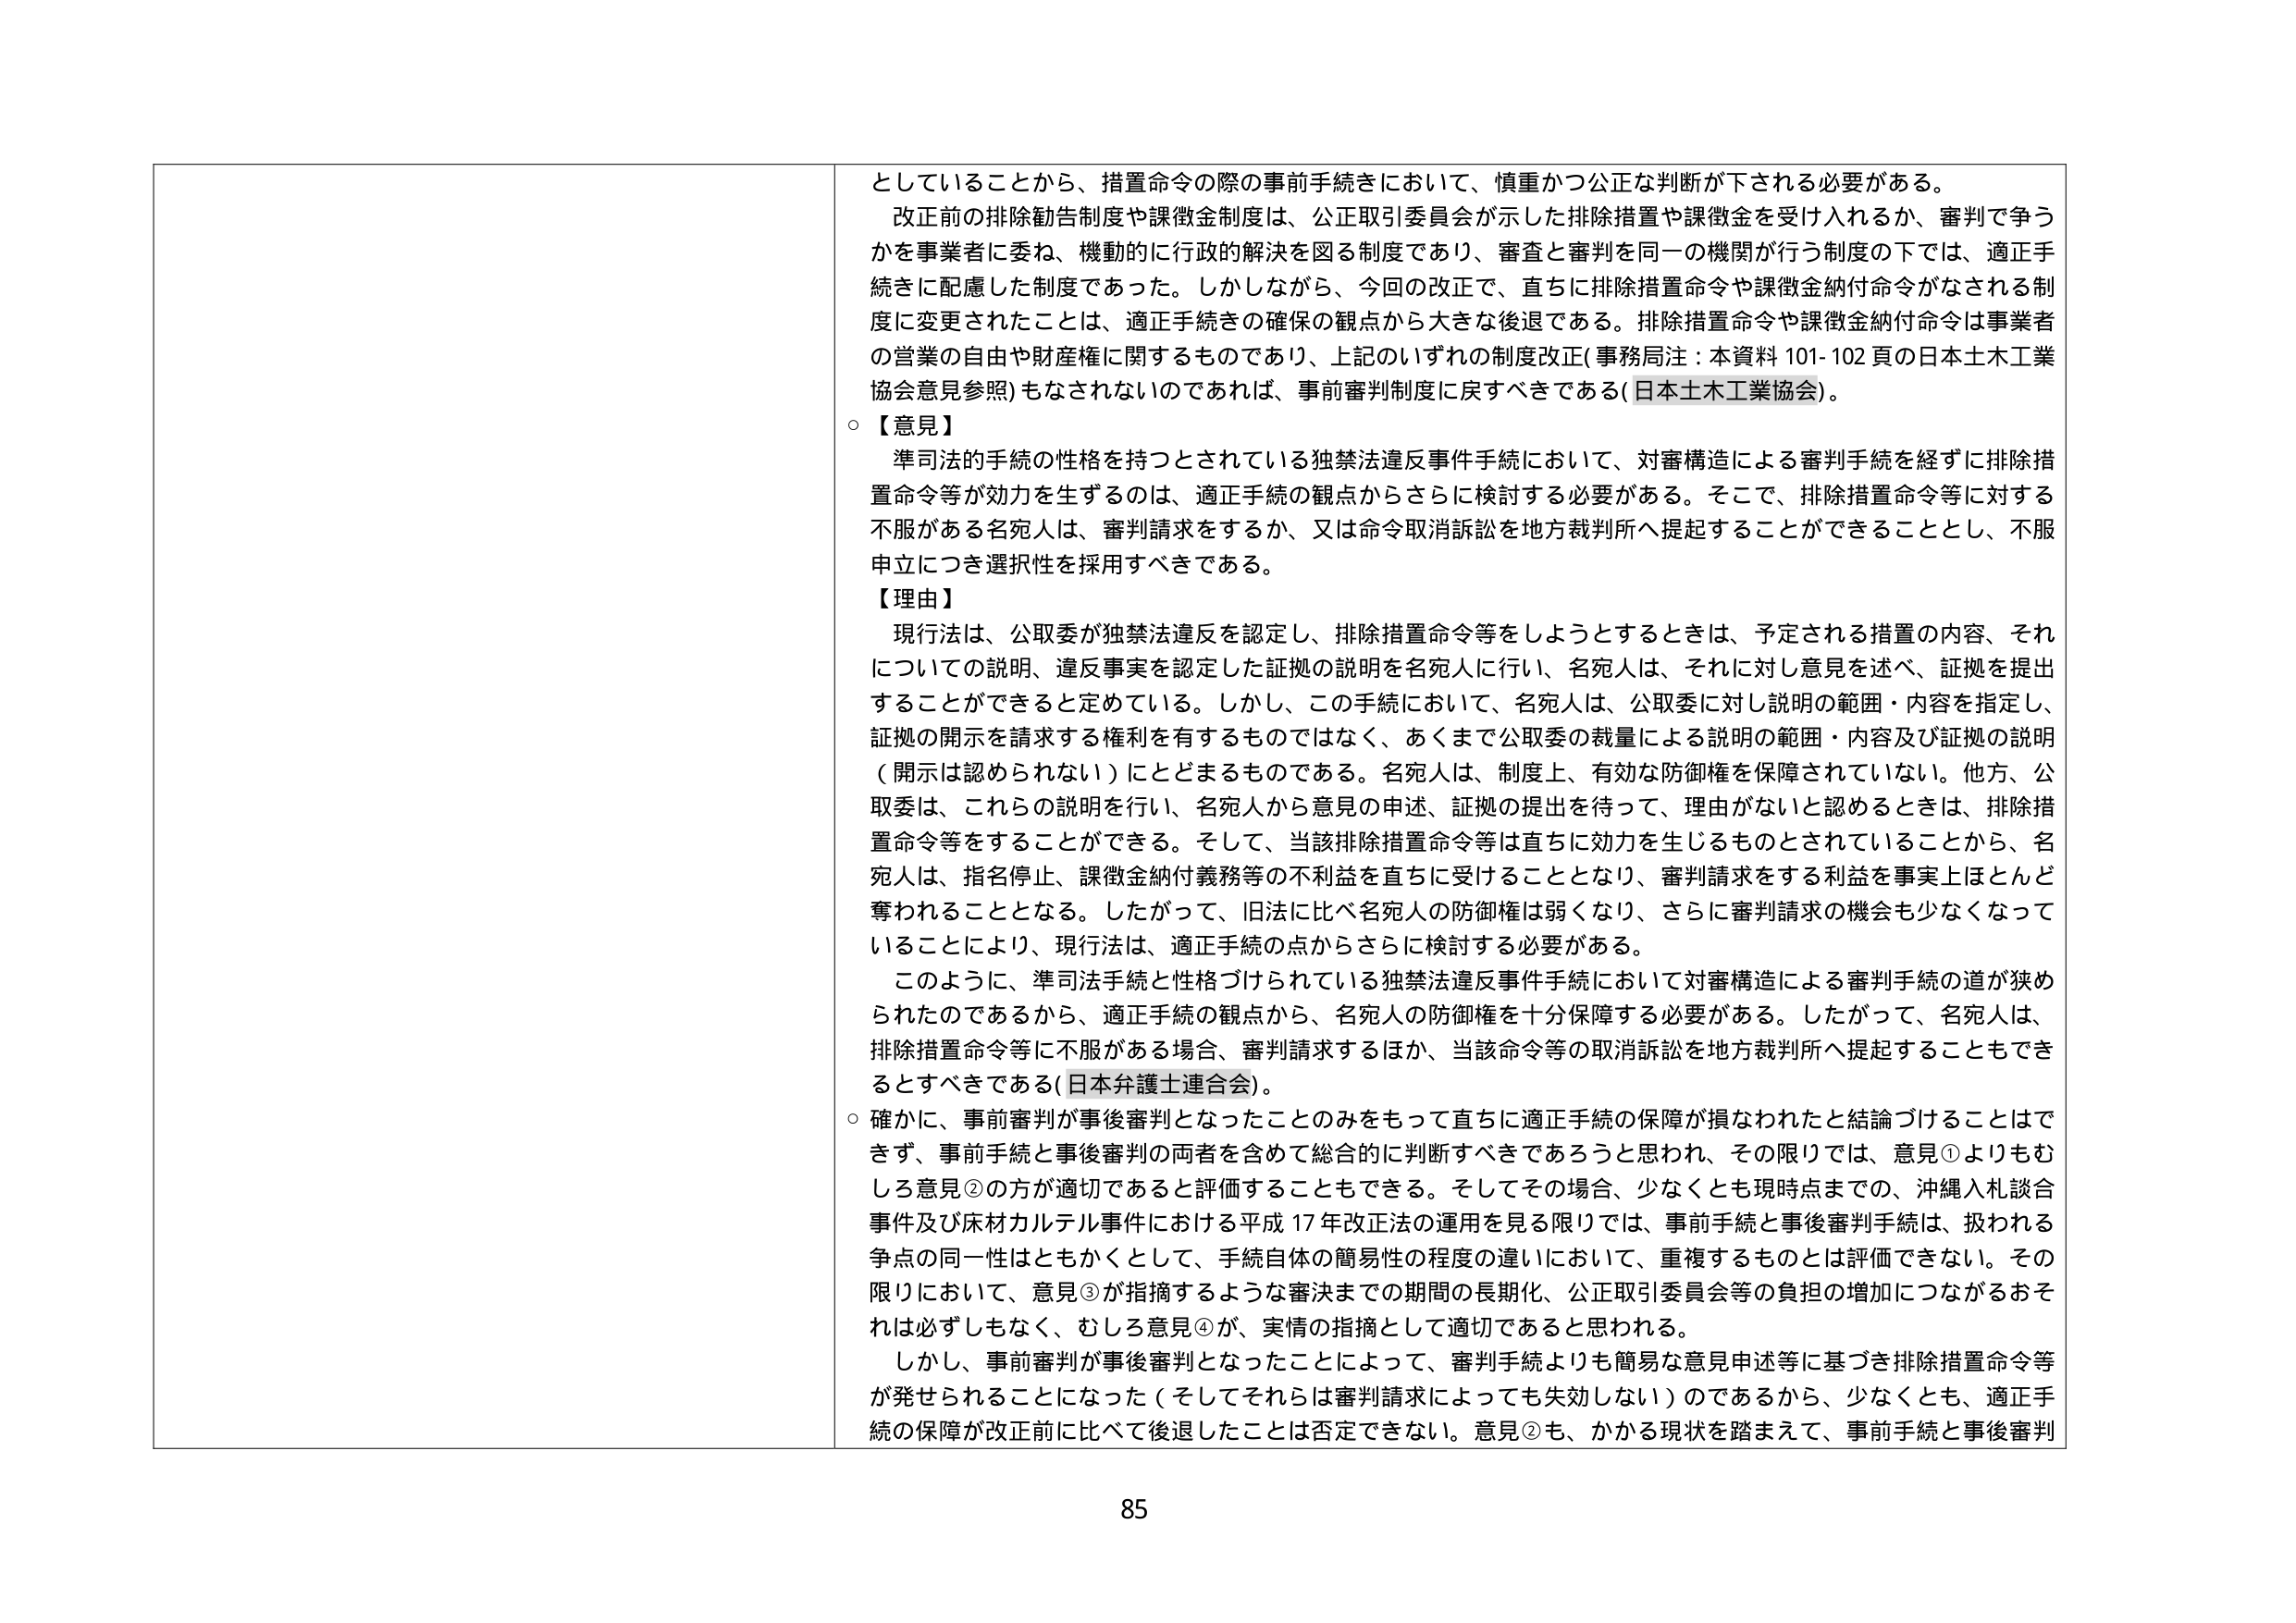
としていることから、措置命令の際の事前手続きにおいて、慎重かつ公正な判断が下される必要がある。
改正前の排除勧告制度や課徴金制度は、公正取引委員会が示した排除措置や課徴金を受け入れるか、審判で争うかを事業者に委ね、機動的に行政的解決を図る制度であり、審査と審判を同一の機関が行う制度の下では、適正手続きに配慮した制度であった。しかしながら、今回の改正で、直ちに排除措置命令や課徴金納付命令がなされる制度に変更されたことは、適正手続きの確保の観点から大きな後退である。排除措置命令や課徴金納付命令は事業者の営業の自由や財産権に関するものであり、上記のいずれの制度改正（事務局注：本資料101-102頁の日本土木工業協会意見参照）もなされないのであれば、事前審判制度に戻すべきである（日本土木工業協会）。

○【意見】
準司法的手続の性格を持つとされている独禁法違反事件手続において、対審構造による審判手続を経ずに排除措置命令等が効力を生ずるのは、適正手続の観点からさらに検討する必要がある。そこで、排除措置命令等に対する不服がある名宛人は、審判請求をするか、又は命令取消訴訟を地方裁判所へ提起することができることとし、不服申立につき選択性を採用すべきである。

【理由】
現行法は、公取委が独禁法違反を認定し、排除措置命令等をしようとするときは、予定される措置の内容、それについての説明、違反事実を認定した証拠の説明を名宛人に行い、名宛人は、それに対し意見を述べ、証拠を提出することができるとして定めている。しかし、この手続において、名宛人は、公取委に対し説明の範囲・内容を指定し、証拠の開示を請求する権利を有するものではなく、あくまで公取委の裁量による説明の範囲・内容及び証拠の説明（開示は認められない）にとどまるものである。名宛人は、制度上、有効な防御権を保障されていない。他方、公取委は、これらの説明を行い、名宛人から意見の申述、証拠の提出を待って、理由がないと認めるときは、排除措置命令等をすることができる。そして、当該排除措置命令等は直ちに効力を生じるものとされていることから、名宛人は、指名停止、課徴金納付義務等の不利益を直ちに受けることとなり、審判請求をする利益を事実上ほとんど奪われることとなる。したがって、旧法に比べ名宛人の防御権は弱くなり、さらに審判請求の機会も少なくなっていることにより、現行法は、適正手続の点からさらに検討する必要がある。

このように、準司法手続と性格づけられている独禁法違反事件手続において対審構造による審判手続の道が狭められたのであるから、適正手続の観点から、名宛人の防御権を十分保障する必要がある。したがって、名宛人は、排除措置命令等に不服がある場合、審判請求するほか、当該命令等の取消訴訟を地方裁判所へ提起することもできるとすべきである（日本弁護士連合会）。

○確かに、事前審判が事後審判となったことのみをもって直ちに適正手続の保障が損なわれたと結論づけることはできず、事前手続と事後審判の両者を含めて総合的に判断すべきであろうと思われ、その限りでは、意見①よりもむしろ意見②の方が適切であると評価することもできる。そしてその場合、少なくとも現時点までの、沖縄入札談合事件及び床材カルテル事件における平成17年改正法の運用を見る限りでは、事前手続と事後審判手続は、扱われる争点の同一性はともかくとして、手続自体の簡易性の程度の違いにおいて、重複するものとは評価できない。その限りにおいて、意見③が指摘するような審決までの期間の長期化、公正取引委員会等の負担の増加につながるおそれは必ずしもなく、むしろ意見④が、実情の指摘として適切であると思われる。

しかし、事前審判が事後審判となったことによって、審判手続よりも簡易な意見申述等に基づき排除措置命令等が発せられることになった（そしてそれらは審判請求によっても失効しない）のであるから、少なくとも、適正手続の保障が改正前に比べて後退したことは否定できない。意見②も、かかる現状を踏まえて、事前手続と事後審判

85